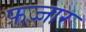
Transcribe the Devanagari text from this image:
फ़ज्जार